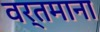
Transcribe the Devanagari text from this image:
वर्तमाना